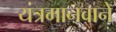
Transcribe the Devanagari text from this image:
यंत्रमानवाने